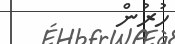
ހުރުން